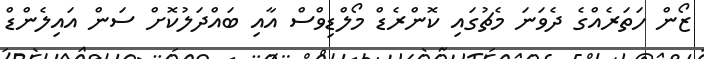
ޒޯން ހަތަރެއްގެ ދެވަނަ މެޗުގައި ކޮންރެޑް މޯލްޑިވްސް އާއި ބައްދަލުކޮށް ސަން އައިލެންޑް